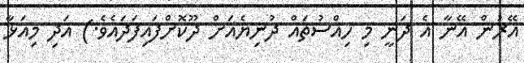
އޭރުން އޭނާ އެ ދަނީ މި ހިއްސުތައް ދުނިޔެއަށް ދޫކޮށްފައިފަދައެވެ.) އަދި މިއަޅާ